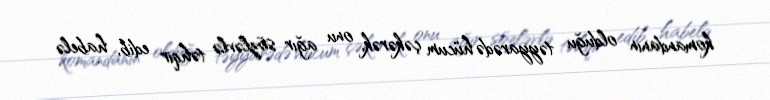
komandanın olduğu təyyarədə hücum çəkərək, onu ağır sözlərlə təhqir edib, habelə